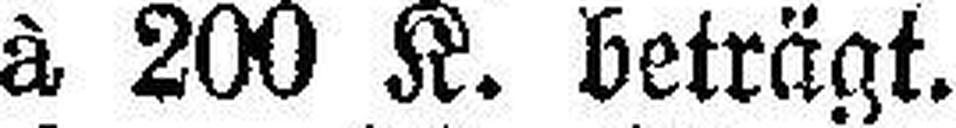
à 200 K. beträgt.